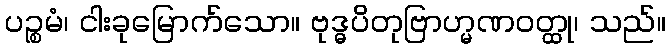
ပဉ္စမံ၊ ငါးခုမြောက်သော။ ဗုဒ္ဓပိတုဗြာဟ္မဏဝတ္ထု၊ သည်။